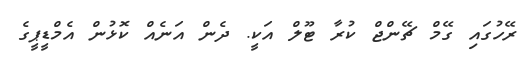
ރޭހުގައި ގޭމް ޗޭންޖް ކުރާ ޓޫލް އަކީ. ދެން އަނެއް ކޮޅުން އެމްޑީޕީގެ